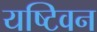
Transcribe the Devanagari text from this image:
यष्टिवन